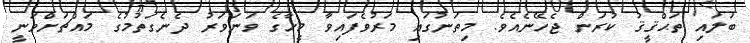
ބަލައި ތަޙްޤީޤު ކުރަން ޖެހޭނެއެވެ. މިތަނުގައި މަރުވެފައިވާ މީހާގެ ވަނަވަރު ދެނެގަތުމުގެ މައްޗަށްވަނީ